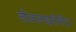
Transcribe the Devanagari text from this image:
तौललाइसीमीटर